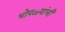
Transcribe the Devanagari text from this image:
भोपळ्यांची